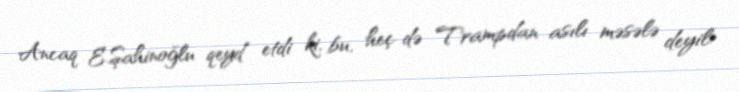
Ancaq E.Şahinoğlu qeyd etdi ki, bu, heç də Trampdan asılı məsələ deyil: